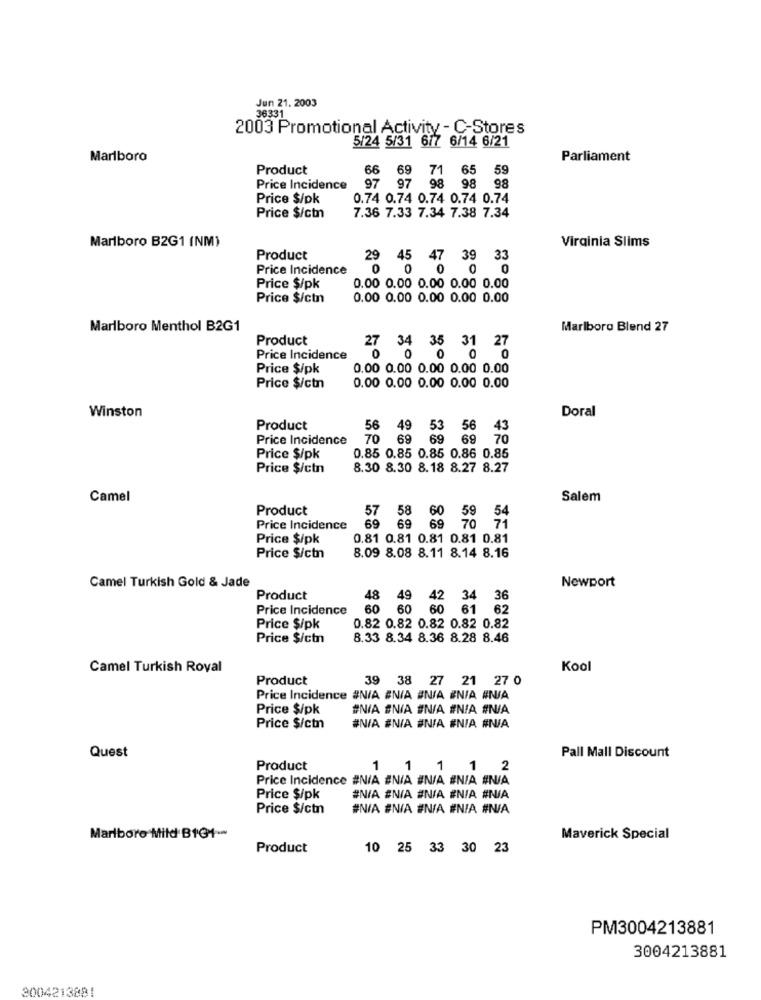
Jun 21. 2003
36331
2003 Promotional Activity - C-Stores
5/24 5/31 6/7 6/14 6/21
Marlboro
Parliament
Product
66
9 71 65 59
Price Incidence
97 97 98 98 98
Price $/pk
0.74 0.74 0.74 0.74 0.74
7.36 7.33 7.34 7.38 7.34
Price $/ctn
Marlboro B2G1 (NM)
Virginia Slims
Product
29 45 47 39 33
Price Incidence
0 0 0 0
Price $/pk
0.00 0.00 0.00 0.00 0.00
Price $/ctn
0.00 0.00 0.00 0.00 0.00
Marlboro Menthol B2G1
Marlboro Blend 27
Product
27 34 35 31 27
Price Incidence
0 0
Price $/pk
0.00 0.00 0.00 0.00 0.00
Price $/ctn
0.00 0.00 0.00 0.00 0.00
Doral
Winston
Product
56 49 53 56 43
Price Incidence
70 69
69 69 70
0.85 0.85 0.85 0.86 0.85
Price $/pk
Price $/ctn
8.30 8.30 8.18 8.27 8.27
Camel
Salem
Product
57 58 60 59 54
Price Incidence
69 69 69 70 71
Price $/pk
0.81 0.81 0.81 0.81 0.81
8.09 8.08 8.11 8.14 8.16
Price $/ctn
Camel Turkish Gold & Jade
Newport
Product
3 49 42 34 36
Price Incidence
60 60 60 61 62
Price $/pk
0.82 0.82 0.82 0.82 0.82
Price $/ctn
8.33 8.34 8.36 8.28 8.46
Camel Turkish Royal
Kool
Product
39 38 27 21 27 0
Price Incidence #N/A EN/A #N/A #NIA #N/A
Price $/pk
#NIA #N/A #N/A #NIA #N/A
Price $/ctn
#N/A #N/A #N/A #NIA #N/A
Quest
Pall Mall Discount
Product
1 1 1 1 2
Price Incidence #N/A ENIA #N/A #N/A #N/A
Price $/pk
#N/A #N/A #N/A #N/A #N/A
Price $/ctn
#N/A #N/A #N/A #N/A #N/A
Marlboro Mild B1G+-
Maverick Special
Product
10 25 33 30 23
PM3004213881
3004213881
3004213881